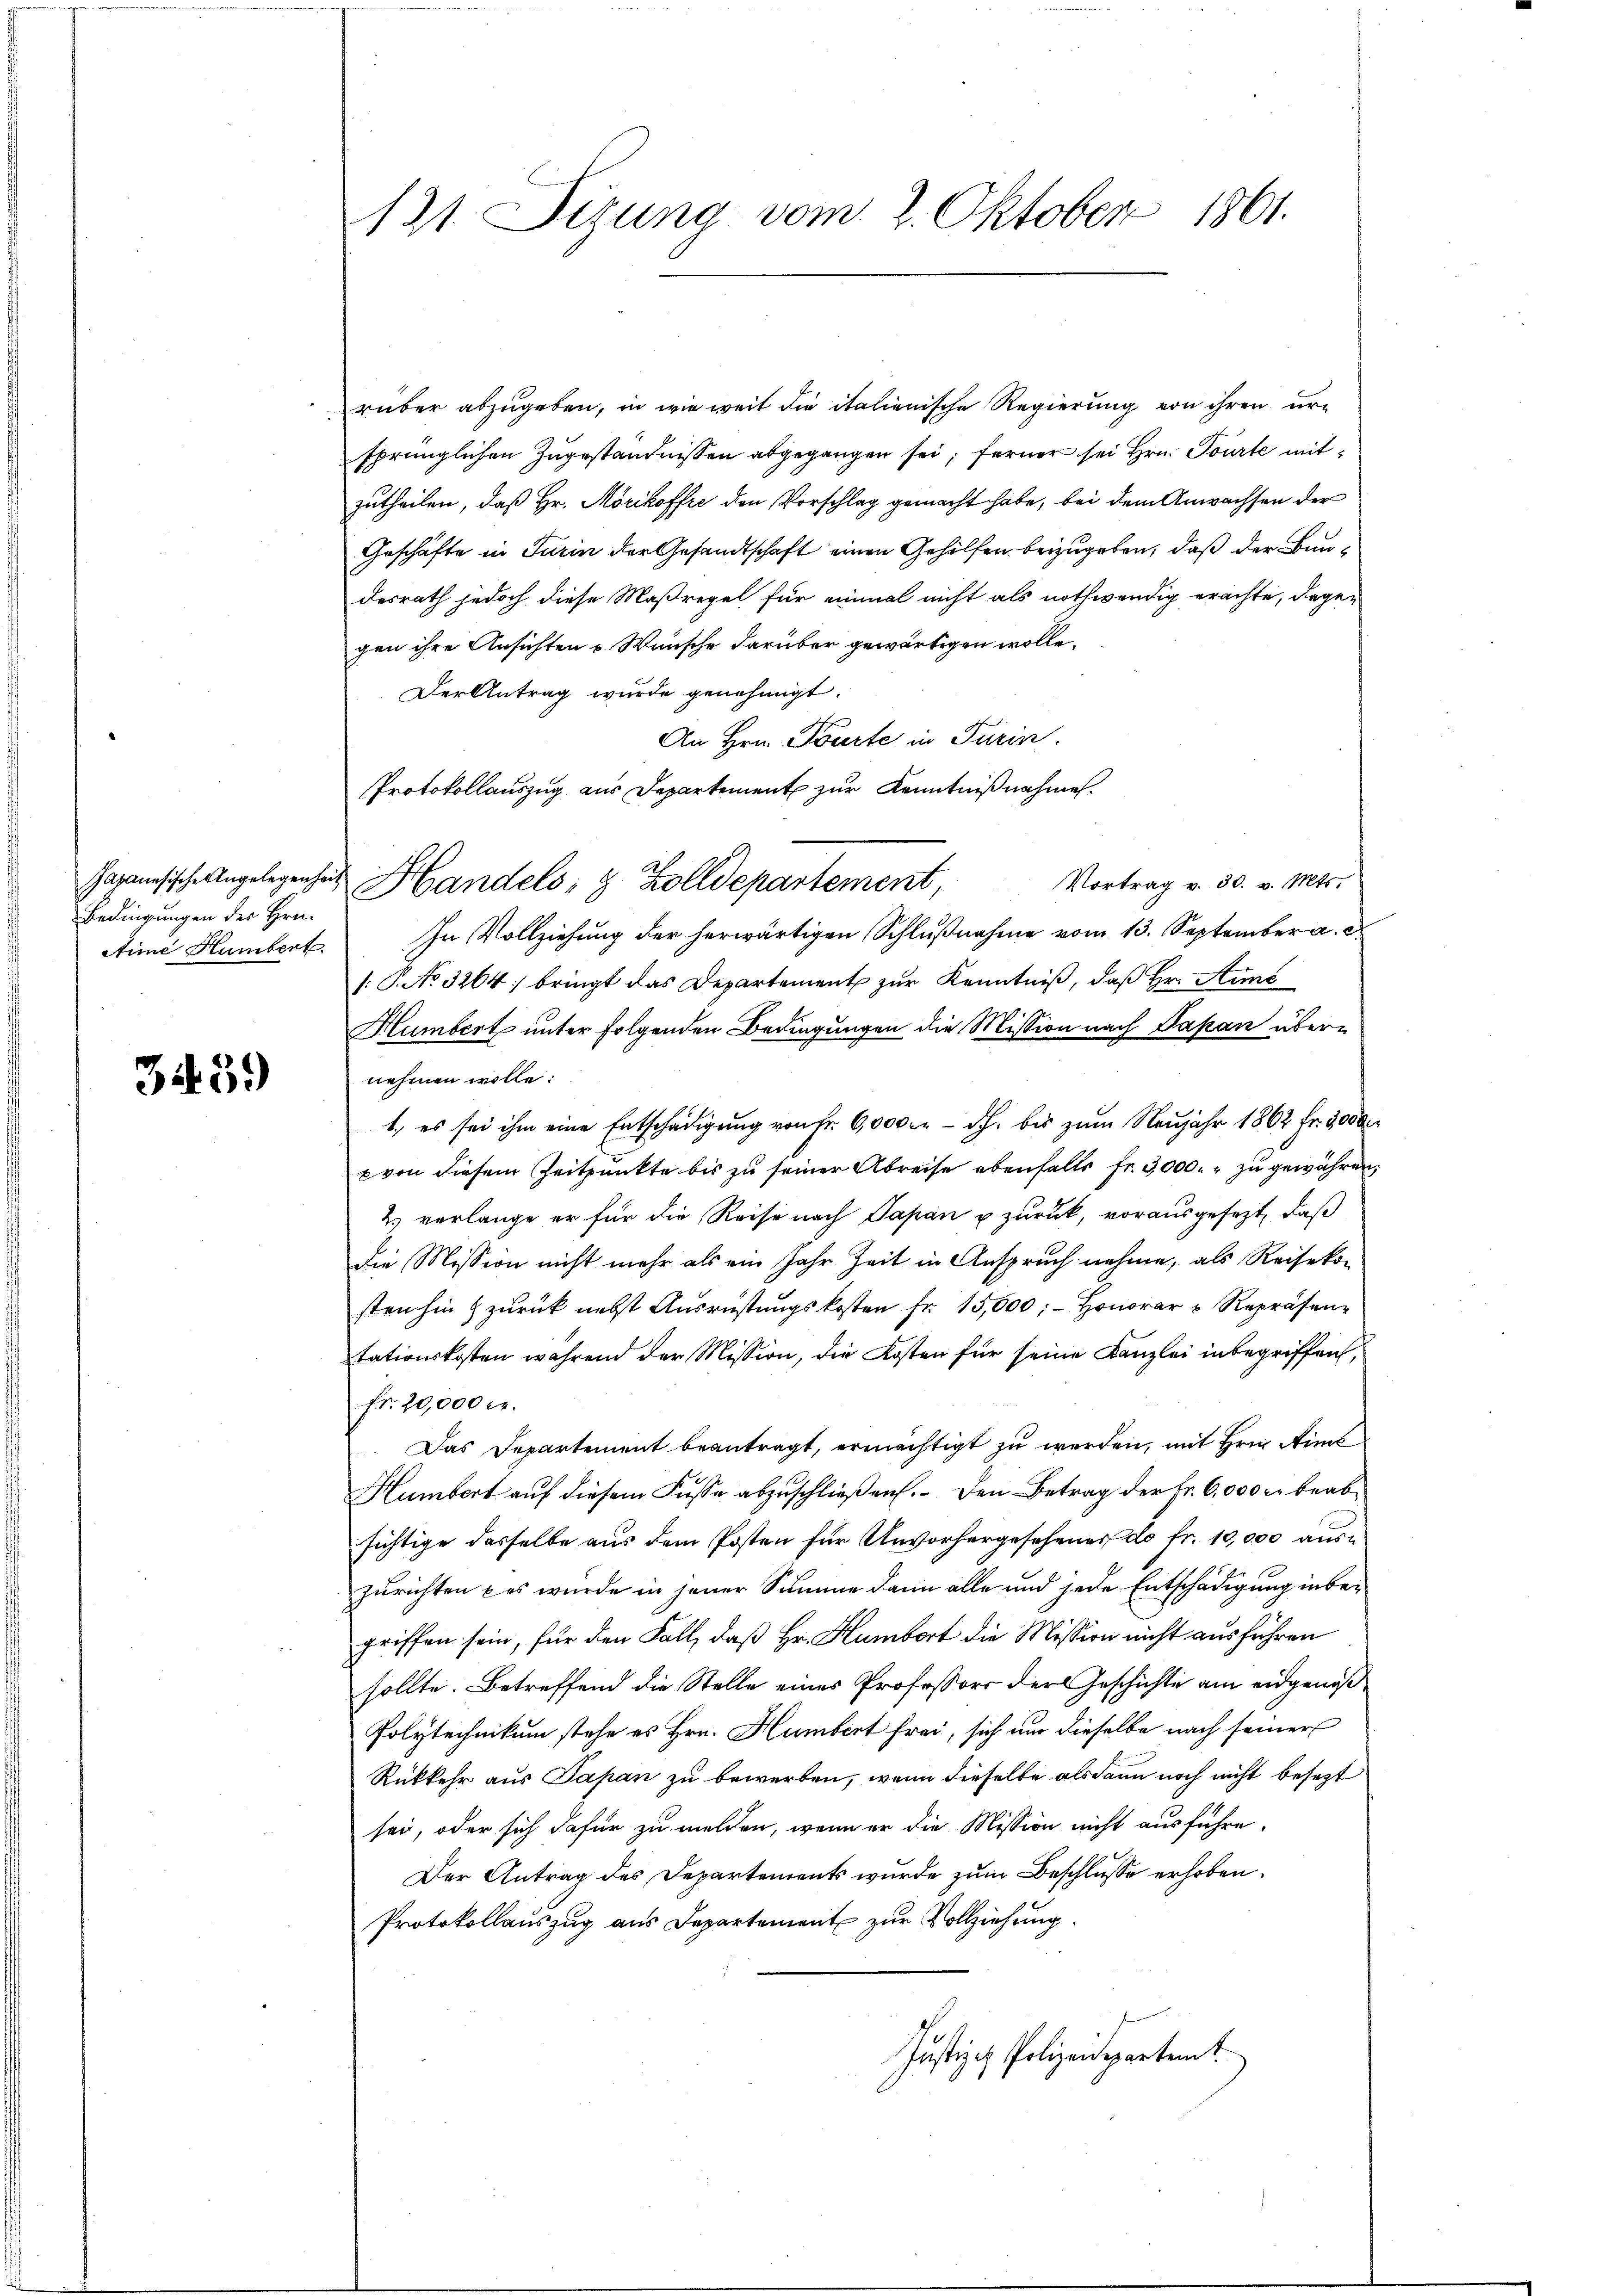
Bedingungen des Hrn.
Aime Hambert.

3459

121. Sitzung vom 2. Oktober 1861.

rüber abzugeben, in wie weit die italienische Regierung von ihren ursprünglichen Zugeständnissen abgegangen sei; ferner sei Hrn. Tourte mitzutheilen, daß Hr. Morikoffre den Vorschlag gemacht habe, bei dem Anwachsen der
Geschäfte in Turin der Gesandtschaft einen Gehilfen beizugeben, daß der Baudesrath jedoch diese Maßregel für einmal nicht als nothwendig erachte, dagegen ihre Ansichten & Wünsche darüber gewärtigen wolle.
Der Antrag wurde genehmigt.
An Hrn. Tourte in Turin.
Protokollauszug aus Departement zur Kenntnißnahmen.
Japanesische Angelegenheit Handels- & Zolldepartement, Vortrag v. 30. v. Mts.
In Vollziehung der herwärtigen Schlußnahme vom 13. September a. c.
/: P. No 3264; bringt das Departement zur Kenntniß, daß Hr. Amt
Humbert unter folgenden Bedingungen die Mission nach Papan übernehmen wolle.
1., es sei ihm eine Entschädigung von Fr. 6,000 fr dh. bis zŭm Neujahr 1862 Fr. 2000
x von diesem Zeitpunkte bis zu seiner Abreise ebenfalls fr. 3000. zu gewähren,
2.) verlange er für die Reise nach Papan u zurück, vorausgesezt, daß
Die Mission nicht mehr als ein Jahr Zeit in Anspruch nehme, als Reisekon
sten hin & zurück nebst Ausrüstungskosten fr. 15,000; - Honorar u Repräsen
tationskosten während der Mission, die Kosten für seine Kanzlei inbegriffen,
fr. 20,000 c.
Das Departement beantragt, ermächtigt zu werden, mit Hrn. Ains
Humbert auf diesem Fusse abzuschließen. Den Betrag der Fr. 6,000 kr beabsichtige dasselbe aus dem Posten für Unvorhergesehener do fr. 10,000 auszurichten & es wurde in jener Summe dann alle und jede Entschädigung inbegriffen sein, für den Fall, daß Hr. Humbort die Mission nicht ausführen
sollte. Betreffend die Stelle eines Professors der Geschichte am eidgenöß
Polytechnikum stehe es Hrn. Humbert frei, sich um dieselbe nach seiner
Rückkehr aus Papan zu bewerben, wenn dieselbe alsdann noch nicht besezt
sei, oder sich dafür zu melden, wenn er die Mission nicht ausführe.
Der Antrag des Departements wurde zŭm Beschlusse erhoben.
Protokollauszug aus Departement zur Vollziehung.
Justiz- Polizeidepartemt